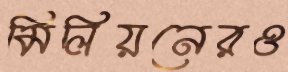
মিলিয়নেরও